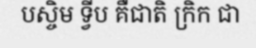
បស្ចិម ទ្វីប គឺជាតិ ក្រិក ជា